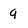
Character: q